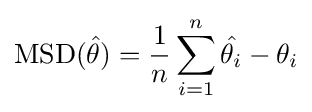
\operatorname {MSD} ({\hat {\theta }})={\frac {1}{n}}\sum _{i=1}^{n}{\hat {\theta _{i}}}-\theta _{i}